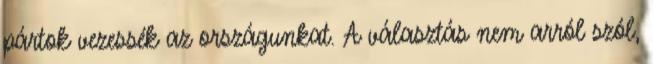
pártok vezessék az országunkat. A választás nem arról szól,